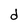
Character: d